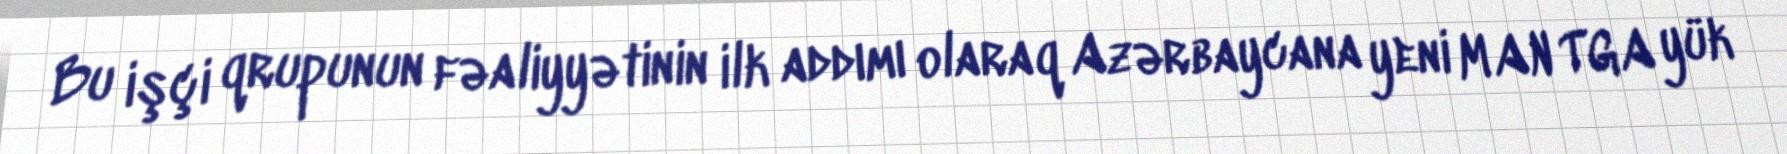
Bu işçi qrupunun fəaliyyətinin ilk addımı olaraq Azərbaycana yeni MAN TGA yük